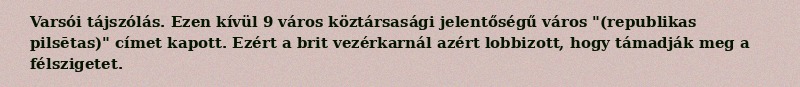
Varsói tájszólás. Ezen kívül 9 város köztársasági jelentőségű város "(republikas pilsētas)" címet kapott. Ezért a brit vezérkarnál azért lobbizott, hogy támadják meg a félszigetet.